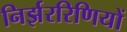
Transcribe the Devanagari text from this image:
निर्झररिणियों